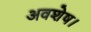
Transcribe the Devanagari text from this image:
अवशेष।